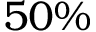
5 0 \%